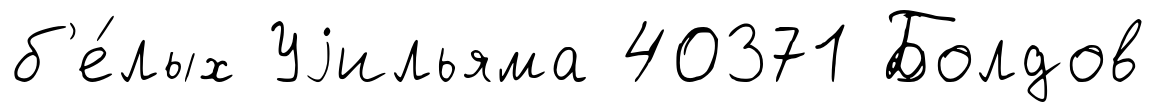
б'е́лых Уjильяма 40371 Болдов